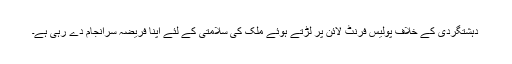
دہشتگردی کے خلاف پولیس فرنٹ لائن پر لڑتے ہوئے ملک کی سلامتی کے لئے اپنا فریضہ سرانجام دے رہی ہے۔